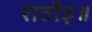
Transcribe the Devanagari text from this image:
राठौड़॥